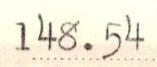
148.54